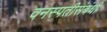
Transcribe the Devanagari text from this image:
वनस्पतीसंबंधी